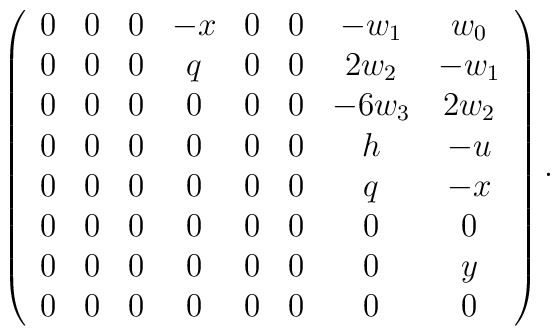
\left(\begin{array}{cccccccc}0	&0	&0	&-x	&0	&0	&-w_1	&w_0\\0	&0	&0	&q	&0	&0	&2w_2	&-w_1\\0	&0	&0	&0	&0	&0	&-6w_3	&2w_2\\0	&0	&0	&0	&0	&0	&h	&-u\\0	&0	&0	&0	&0	&0	&q	&-x\\0	&0	&0	&0	&0	&0	&0	&0\\0	&0	&0	&0	&0	&0	&0	&y\\0	&0	&0	&0	&0	&0	&0	&0\\\end{array}\right).